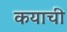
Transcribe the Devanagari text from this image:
कयाची